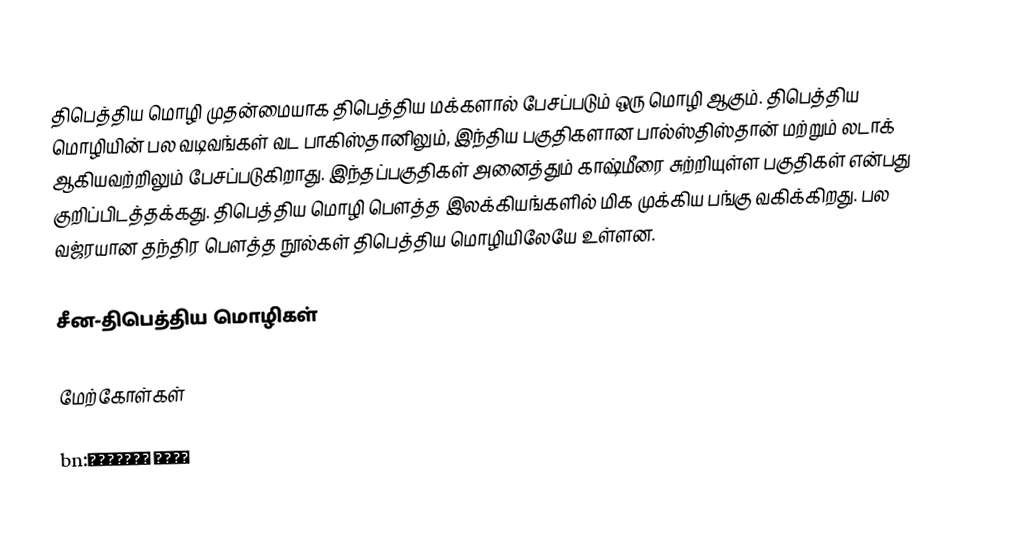
திபெத்திய மொழி முதன்மையாக திபெத்திய மக்களால் பேசப்படும் ஒரு மொழி ஆகும். திபெத்திய மொழியின் பல வடிவங்கள் வட பாகிஸ்தானிலும், இந்திய பகுதிகளான பால்ஸ்திஸ்தான் மற்றும் லடாக் ஆகியவற்றிலும் பேசப்படுகிறாது. இந்தப்பகுதிகள் அனைத்தும் காஷ்மீரை சுற்றியுள்ள பகுதிகள் என்பது குறிப்பிடத்தக்கது. திபெத்திய மொழி பௌத்த இலக்கியங்களில் மிக முக்கிய பங்கு வகிக்கிறது. பல வஜ்ரயான தந்திர பௌத்த நூல்கள் திபெத்திய மொழியிலேயே உள்ளன.

சீன-திபெத்திய மொழிகள்

மேற்கோள்கள்

bn:তিব্বতি ভাষা